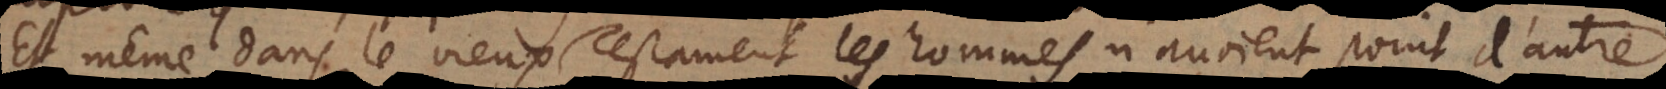
Et même dans le Vieux Testament les hommes n’avoient point d’autre